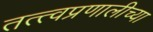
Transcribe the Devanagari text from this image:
तत्त्वप्रणालीच्या